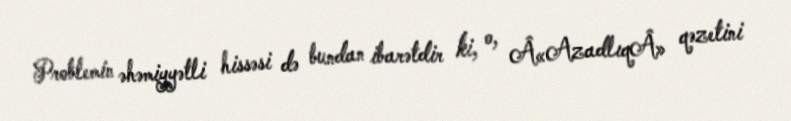
Problemin əhəmiyyətli hissəsi də bundan ibarətdir ki, o, Â«AzadlıqÂ» qəzetini